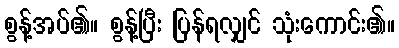
စွန့်အပ်၏။ စွန့်ပြီး ပြန်ရလျှင် သုံးကောင်း၏။